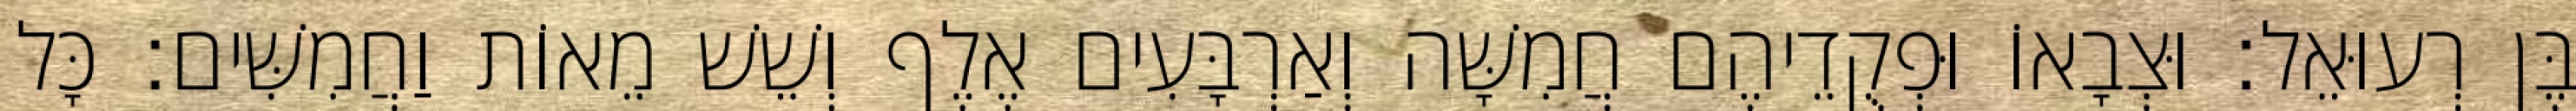
בֶּן רְעוּאֵל׃ וּצְבָאוֹ וּפְקֻדֵיהֶם חֲמִשָּׁה וְאַרְבָּעִים אֶלֶף וְשֵׁשׁ מֵאוֹת וַחֲמִשִּׁים׃ כָּל